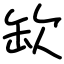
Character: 缼